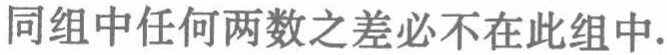
同组中任何两数之差必不在此组中.